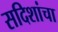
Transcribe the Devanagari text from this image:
सदिशांचा